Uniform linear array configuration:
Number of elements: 32
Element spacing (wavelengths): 0.25
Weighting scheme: binomial
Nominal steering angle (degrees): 30
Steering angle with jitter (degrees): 29.664
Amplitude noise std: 0.05
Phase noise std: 0.05

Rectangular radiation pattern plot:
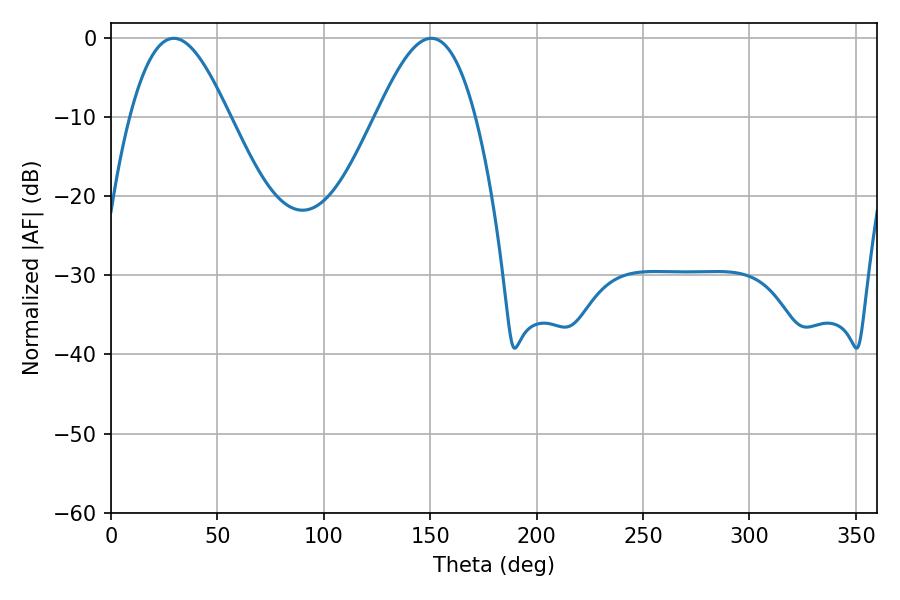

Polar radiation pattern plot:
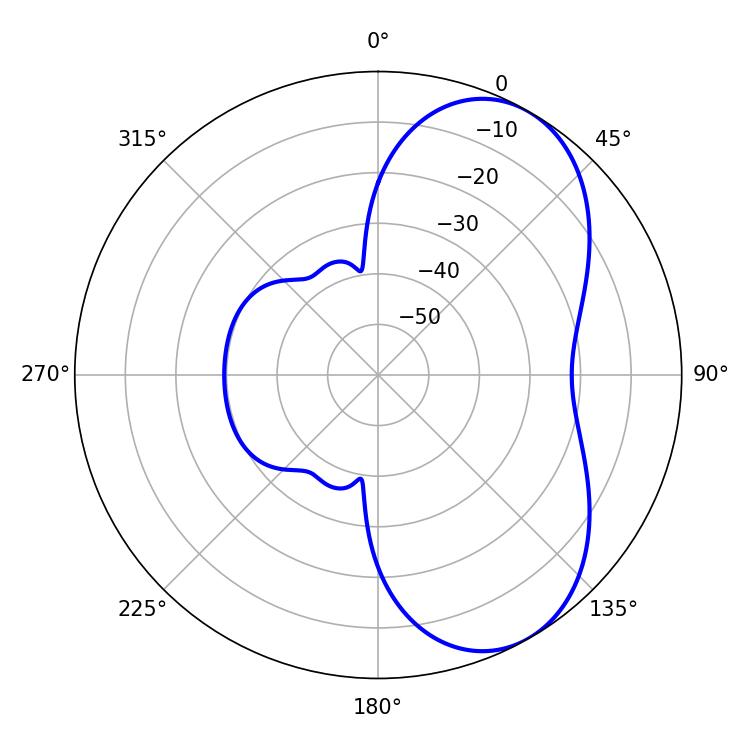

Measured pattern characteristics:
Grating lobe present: FALSE
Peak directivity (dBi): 6.064
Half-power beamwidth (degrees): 25.02
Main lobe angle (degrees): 29.52